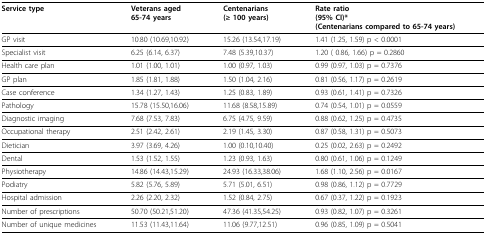
<table><thead><tr><td><b>Service type</b></td><td><b>Veterans aged65-74 years</b></td><td><b>Centenarians(≥ 100 years)</b></td><td><b>Rate ratio(95% CI)*(Centenarians compared to 65-74 years)</b></td></tr></thead><tbody><tr><td>GP visit</td><td>10.80 (10.69,10.92)</td><td>15.26 (13.54,17.19)</td><td>1.41 (1.25, 1.59) p &lt; 0.0001</td></tr><tr><td>Specialist visit</td><td>6.25 (6.14, 6.37)</td><td>7.48 (5.39,10.37)</td><td>1.20 ( 0.86, 1.66) p = 0.2860</td></tr><tr><td>Health care plan</td><td>1.01 (1.00, 1.01)</td><td>1.00 (0.97, 1.03)</td><td>0.99 (0.97, 1.03) p = 0.7376</td></tr><tr><td>GP plan</td><td>1.85 (1.81, 1.88)</td><td>1.50 (1.04, 2.16)</td><td>0.81 (0.56, 1.17) p = 0.2619</td></tr><tr><td>Case conference</td><td>1.34 (1.27, 1.43)</td><td>1.25 (0.83, 1.89)</td><td>0.93 (0.61, 1.41) p = 0.7326</td></tr><tr><td>Pathology</td><td>15.78 (15.50,16.06)</td><td>11.68 (8.58,15.89)</td><td>0.74 (0.54, 1.01) p = 0.0559</td></tr><tr><td>Diagnostic imaging</td><td>7.68 (7.53, 7.83)</td><td>6.75 (4.75, 9.59)</td><td>0.88 (0.62, 1.25) p = 0.4735</td></tr><tr><td>Occupational therapy</td><td>2.51 (2.42, 2.61)</td><td>2.19 (1.45, 3.30)</td><td>0.87 (0.58, 1.31) p = 0.5073</td></tr><tr><td>Dietician</td><td>3.97 (3.69, 4.26)</td><td>1.00 (0.10,10.40)</td><td>0.25 (0.02, 2.63) p = 0.2492</td></tr><tr><td>Dental</td><td>1.53 (1.52, 1.55)</td><td>1.23 (0.93, 1.63)</td><td>0.80 (0.61, 1.06) p = 0.1249</td></tr><tr><td>Physiotherapy</td><td>14.86 (14.43,15.29)</td><td>24.93 (16.33,38.06)</td><td>1.68 (1.10, 2.56) p = 0.0167</td></tr><tr><td>Podiatry</td><td>5.82 (5.76, 5.89)</td><td>5.71 (5.01, 6.51)</td><td>0.98 (0.86, 1.12) p = 0.7729</td></tr><tr><td>Hospital admission</td><td>2.26 (2.20, 2.32)</td><td>1.52 (0.84, 2.75)</td><td>0.67 (0.37, 1.22) p = 0.1923</td></tr><tr><td>Number of prescriptions</td><td>50.70 (50.21,51.20)</td><td>47.36 (41.35,54.25)</td><td>0.93 (0.82, 1.07) p = 0.3261</td></tr><tr><td>Number of unique medicines</td><td>11.53 (11.43,11.64)</td><td>11.06 (9.77,12.51)</td><td>0.96 (0.85, 1.09) p = 0.5041</td></tr></tbody></table>